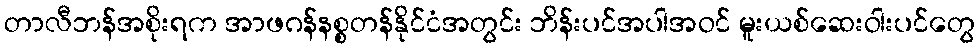
တာလီဘန်အစိုးရက အာဖဂန်နစ္စတန်နိုင်ငံအတွင်း ဘိန်းပင်အပါအဝင် မူးယစ်ဆေးဝါးပင်တွေ